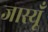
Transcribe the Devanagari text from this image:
जास्यूँ